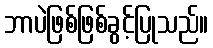
ဘာပဲဖြစ်ဖြစ်ခွင့်ပြုသည်။